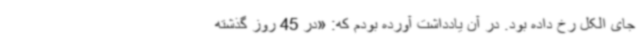
جای الکل رخ داده بود. در آن یادداشت آورده بودم که: «در 45 روز گذشته